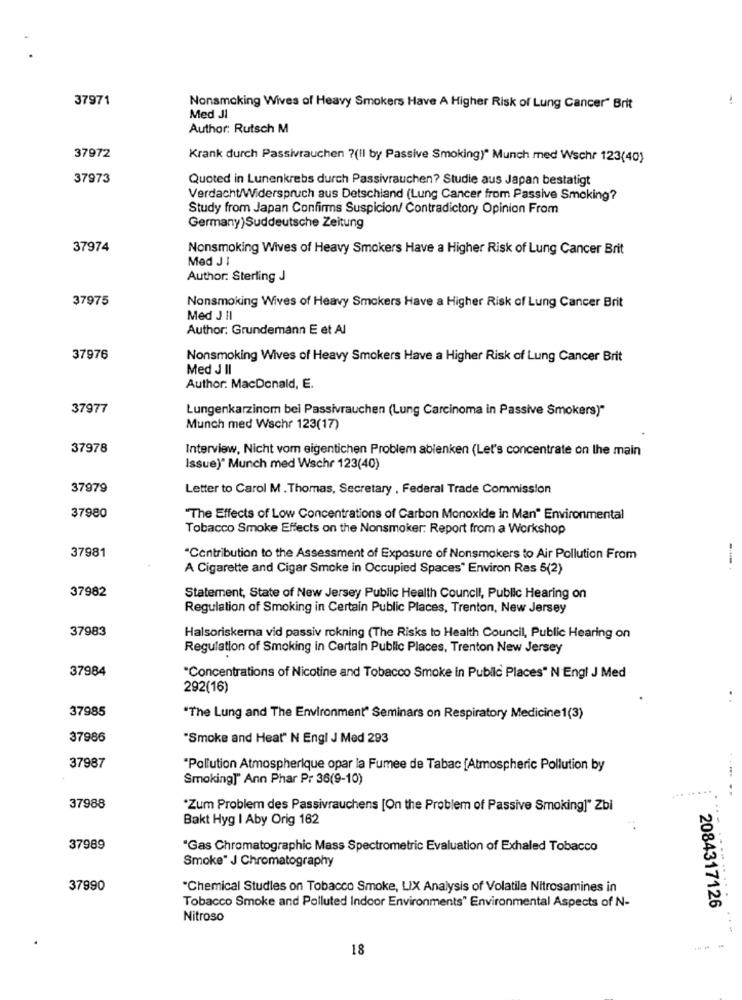
37971
Nonsmoking Wives of Heavy Smokers Have A Higher Risk of Lung Cancer" Brit
Med JI
Author: Rutsch M
37972
Krank durch Passivrauchen ?(Il by Passive Smoking)" Munch med Wschr 123(40)
37973
Quoted in Lunenkrebs durch Passivrauchen? Studie aus Japan bestatigt
Verdacht/Widerspruch aus Detschland (Lung Cancer from Passive Smoking?
Study from Japan Confirms Suspicion/ Contradictory Opinion From
Germany) Suddeutsche Zeitung
37974
Nonsmoking Wives of Heavy Smokers Have a Higher Risk of Lung Cancer Brit
Med JI
Author: Sterling J
37975
Nonsmoking Wives of Heavy Smokers Have a Higher Risk of Lung Cancer Brit
Med J Il
Author: Grundemann E et Al
37976
Nonsmoking Wives of Heavy Smokers Have a Higher Risk of Lung Cancer Brit
Med J II
Author: MacDonald, E.
37977
Lungenkarzinom bei Passivrauchen (Lung Carcinoma in Passive Smokers)"
Munch med Wschr 123(17)
37978
Interview, Nicht vom eigentichen Problem ablenken (Let's concentrate on the main
Issue)" Munch med Wschr 123(40)
37979
Letter to Carol M . Thomas, Secretary , Federal Trade Commission
37980
"The Effects of Low Concentrations of Carbon Monoxide in Man" Environmental
Tobacco Smoke Effects on the Nonsmoker: Report from a Workshop
37981
"Contribution to the Assessment of Exposure of Nonsmokers to Air Pollution From
A Cigarette and Cigar Smoke in Occupied Spaces" Environ Res 5(2)
37982
Statement, State of New Jersey Public Health Council, Public Hearing on
Regulation of Smoking in Certain Public Places, Trenton, New Jersey
37983
Halsoriskerna vid passiv rokning (The Risks to Health Council, Public Hearing on
Regulation of Smoking in Certain Public Places, Trenton New Jersey
37984
"Concentrations of Nicotine and Tobacco Smoke in Public Places" N Engl J Med
292(16)
37985
"The Lung and The Environment" Seminars on Respiratory Medicine1(3)
37986
"Smoke and Heat" N Engl J Med 293
37987
"Pollution Atmospherique opar la Fumee de Tabac [Atmospheric Pollution by
Smoking]" Ann Phar Pr 36(9-10)
37988
"Zum Problem des Passivrauchens [On the Problem of Passive Smoking]" Zbi
Bakt Hyg I Aby Orig 162
37989
"Gas Chromatographic Mass Spectrometric Evaluation of Exhaled Tobacco
Smoke" J Chromatography
37990
"Chemical Studies on Tobacco Smoke, LIX Analysis of Volatile Nitrosamines in
. .
Tobacco Smoke and Polluted Indoor Environments" Environmental Aspects of N-
2084317126
Nitroso
18
.--